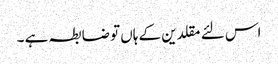
اس لئے مقلدین کے ہاں تو ضابطہ ہے ۔